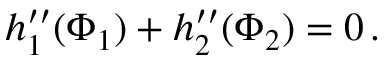
\begin{array} { r } { h _ { 1 } ^ { \prime \prime } ( \Phi _ { 1 } ) + h _ { 2 } ^ { \prime \prime } ( \Phi _ { 2 } ) = 0 \, . } \end{array}